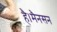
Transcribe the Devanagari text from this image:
है।मैनसन